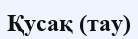
Қусақ (тау)